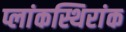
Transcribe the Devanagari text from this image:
प्लांकस्थिरांक